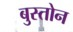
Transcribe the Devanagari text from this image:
बुस्तोन